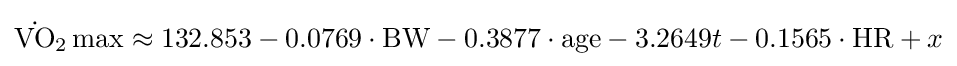
{{\dot {\mathrm {VO} }}{\vphantom {A}}_{\smash[{t}]{2}}}\max \approx 132.853-0.0769\cdot {\text{BW}}-0.3877\cdot {\text{age}}-3.2649t-0.1565\cdot {\text{HR}}+x